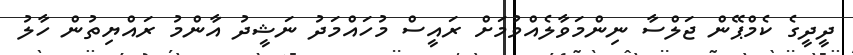
ދީދީގެ ކެމްޕޭން ޖަލްސާ ނިންމަވާލެއްވުމަށް ރައީސް މުހައްމަދު ނަޝީދު އާންމު ރައްޔިތުން ހާލު